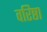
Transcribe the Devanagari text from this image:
वरिष्ठा